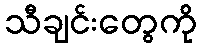
သီချင်းတွေကို